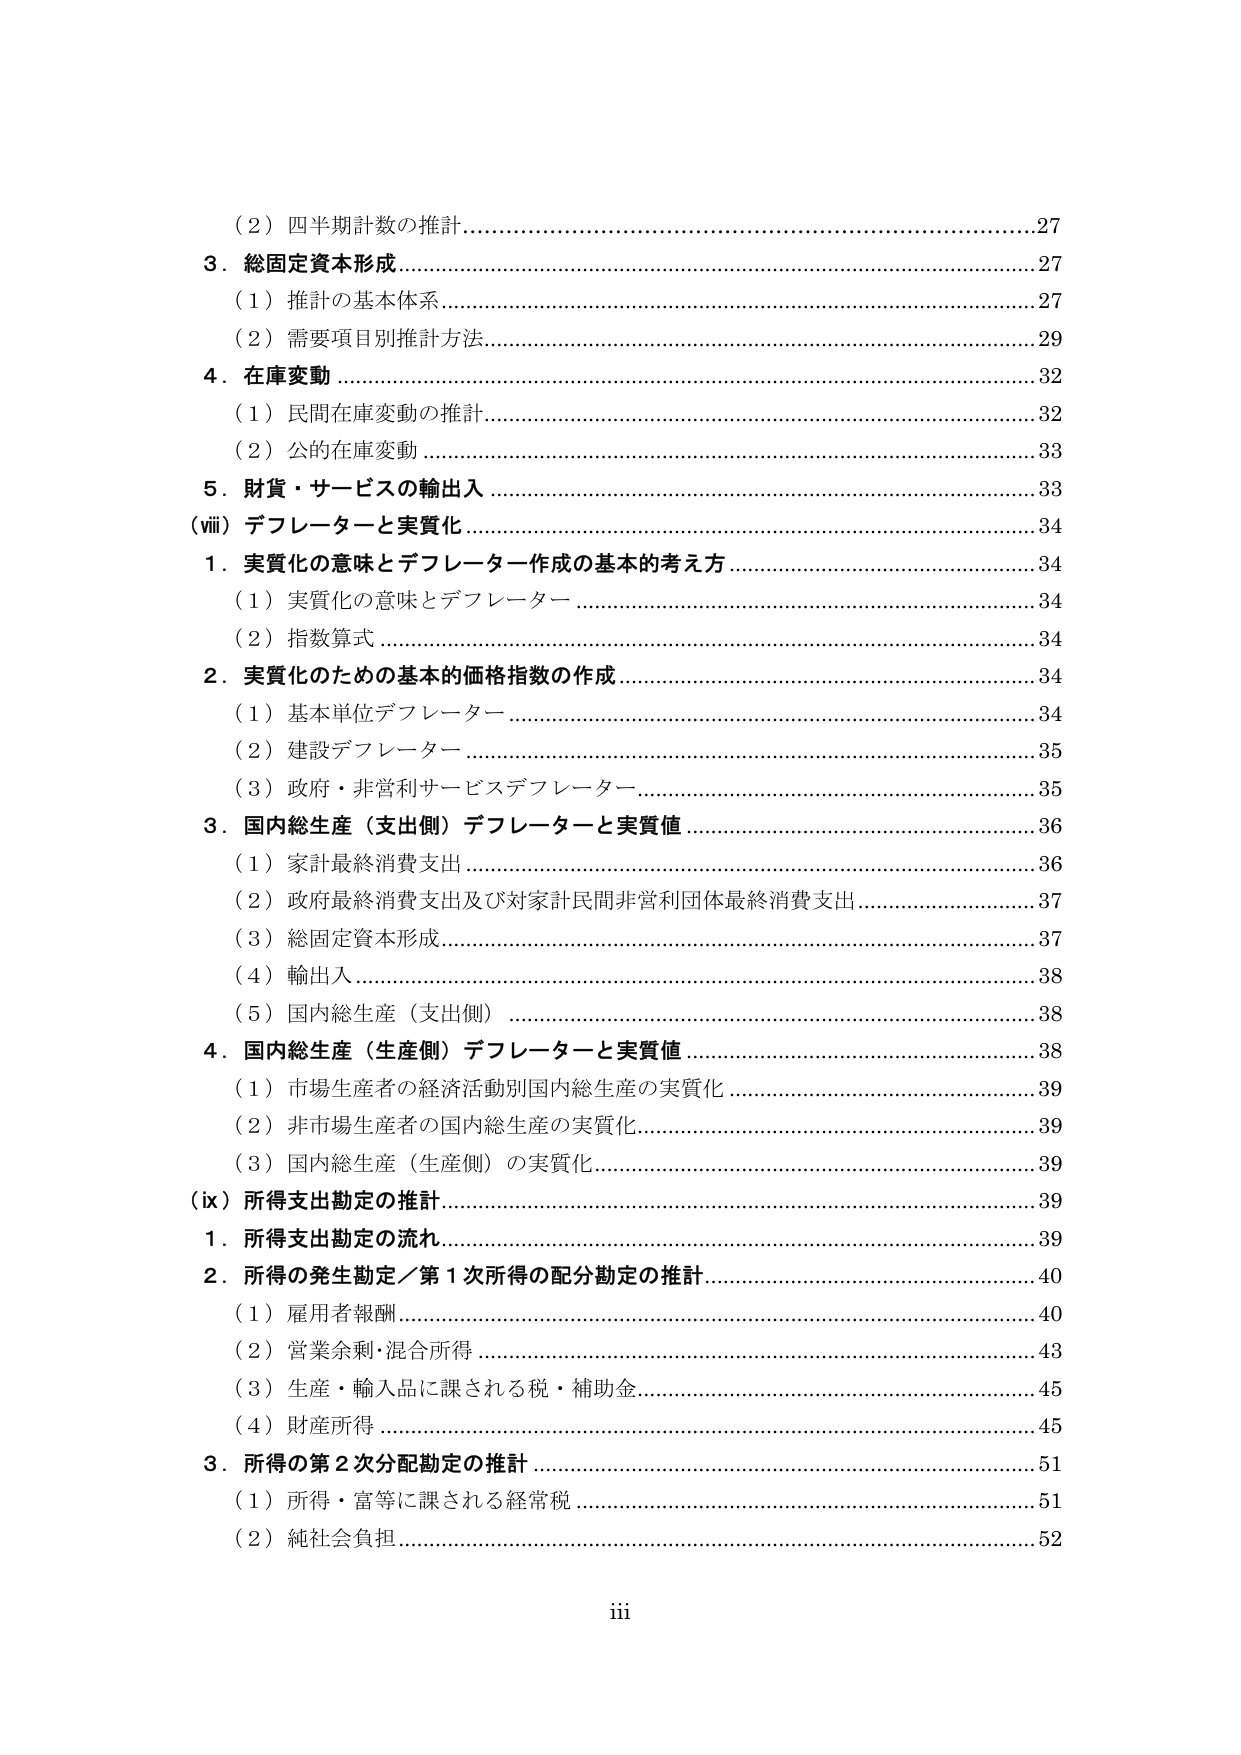
（2）四半期計数の推計…………………………………………………………27
3．総固定資本形成………………………………………………………………27
　（1）推計の基本体系…………………………………………………………27
　（2）需要項目別推計方法……………………………………………………29
4．在庫変動 ……………………………………………………………………32
　（1）民間在庫変動の推計……………………………………………………32
　（2）公的在庫変動 …………………………………………………………33
5．財貨・サービスの輸出入 …………………………………………………33
（viii）デフレーターと実質化 …………………………………………………34
　1．実質化の意味とデフレーター作成の基本的考え方 ……………………34
　　（1）実質化の意味とデフレーター ………………………………………34
　　（2）指数算式 ……………………………………………………………34
　2．実質化のための基本的価格指数の作成 ………………………………34
　　（1）基本単位デフレーター ……………………………………………34
　　（2）建設デフレーター …………………………………………………35
　　（3）政府・非営利サービスデフレーター………………………………35
　3．国内総生産（支出側）デフレーターと実質値 ………………………36
　　（1）家計最終消費支出 …………………………………………………36
　　（2）政府最終消費支出及び対家計民間非営利団体最終消費支出……37
　　（3）総固定資本形成………………………………………………………37
　　（4）輸出入………………………………………………………………38
　　（5）国内総生産（支出側）………………………………………………38
　4．国内総生産（生産側）デフレーターと実質値 ………………………38
　　（1）市場生産者の経済活動別国内総生産の実質化 ……………………39
　　（2）非市場生産者の国内総生産の実質化………………………………39
　　（3）国内総生産（生産側）の実質化……………………………………39
（ix）所得支出勘定の推計……………………………………………………39
　1．所得支出勘定の流れ……………………………………………………39
　2．所得の発生勘定／第1次所得の配分勘定の推計………………………40
　　（1）雇用者報酬…………………………………………………………40
　　（2）営業余剰・混合所得………………………………………………43
　　（3）生産・輸入品に課される税・補助金………………………………45
　　（4）財産所得……………………………………………………………45
　3．所得の第2次分配勘定の推計…………………………………………51
　　（1）所得・富等に課される経常税………………………………………51
　　（2）純社会負担…………………………………………………………52
iii